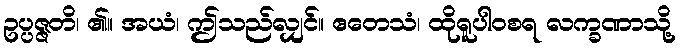
ဥပ္ပဇ္ဇတိ၊ ၏။ အယံ၊ ဤသည်လျှင်။ ဧတေသံ၊ ထိုရူပါဝစရ လက္ခဏာသို့